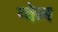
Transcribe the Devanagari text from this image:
ग्वेल